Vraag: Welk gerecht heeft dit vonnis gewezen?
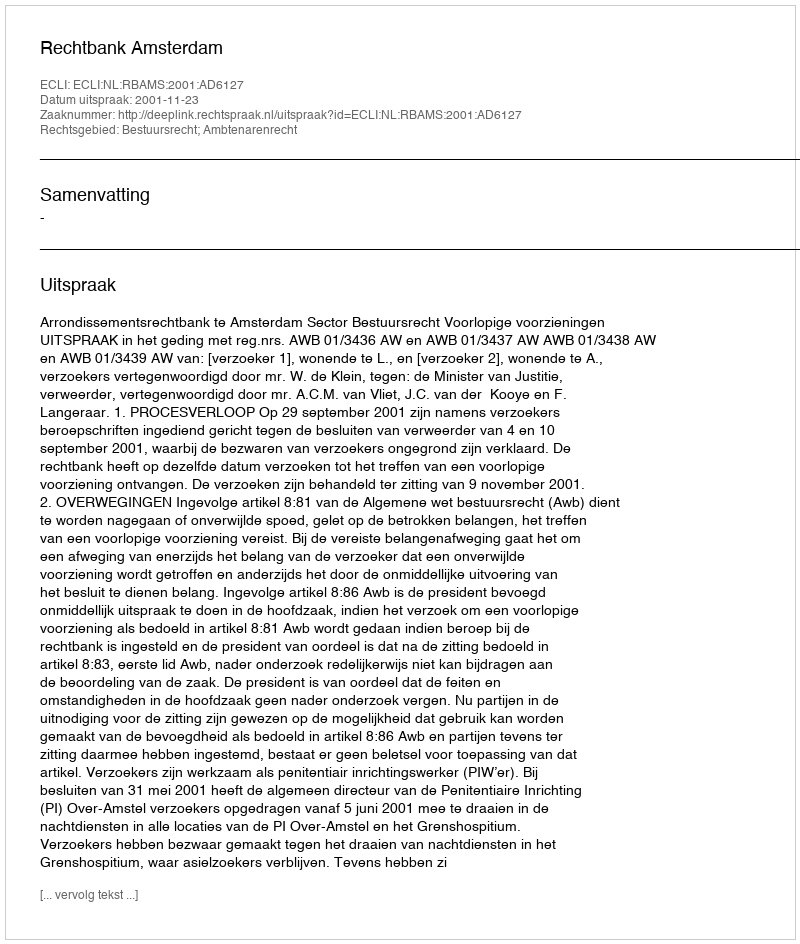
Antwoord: Rechtbank Amsterdam